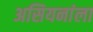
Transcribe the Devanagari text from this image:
असियनांला